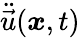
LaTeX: \ddot{\vec{u}}(\boldsymbol{x},t)